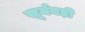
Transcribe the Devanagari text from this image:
सूर्यघड़ी